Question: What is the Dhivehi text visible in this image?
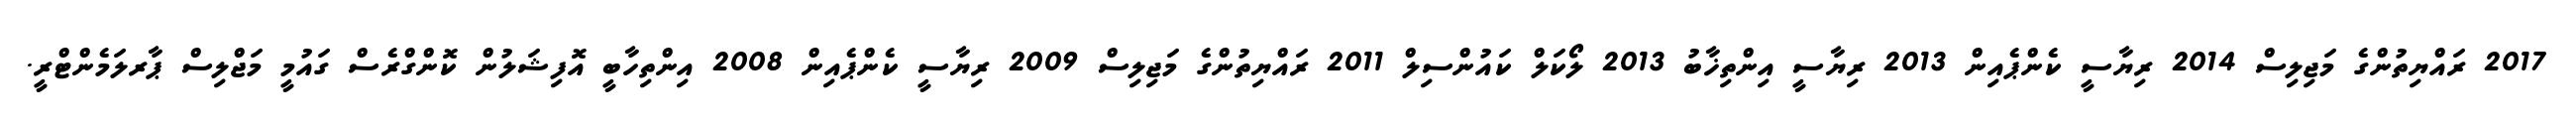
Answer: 2017 ރައްޔިތުންގެ މަޖިލިސް 2014 ރިޔާސީ ކެންޕެއިން 2013 ރިޔާސީ އިންތިޚާބު 2013 ލޯކަލް ކައުންސިލް 2011 ރައްޔިތުންގެ މަޖިލިސް 2009 ރިޔާސީ ކެންޕެއިން 2008 އިންތިހާބީ އޮފިޝަލުން ކޮންގްރެސް ގައުމީ މަޖްލިސް ޕާރލަމެންޓްރީ.